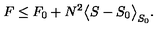
F \le F _ { 0 } + N ^ { 2 } \big < S - S _ { 0 } \big > _ { S _ { 0 } } .